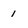
Character: 1